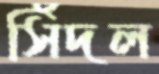
সিঁদল